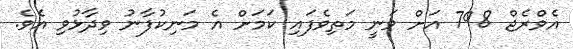
އެވްރެޖް 798 އަށް ވަނީ މަތިވެފައި ކަމަށް އެ މަނިކުފާނު ވިދާޅުވި އެވެ.